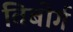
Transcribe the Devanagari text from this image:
विबोर्ग